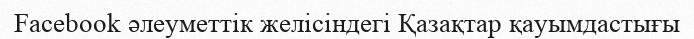
Facebook әлеуметтік желісіндегі Қазақтар қауымдастығы